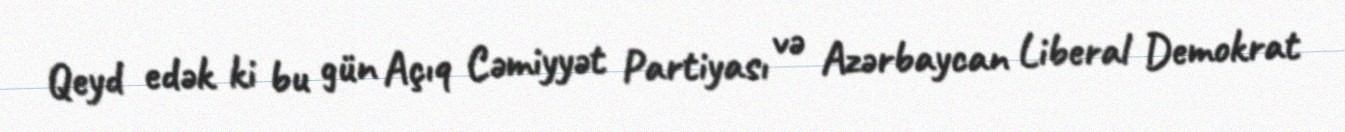
Qeyd edək ki bu gün Açıq Cəmiyyət Partiyası və Azərbaycan Liberal Demokrat